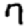
Digit: 7